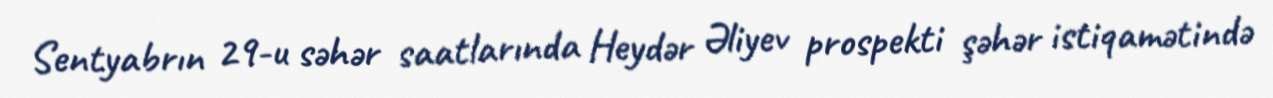
Sentyabrın 29-u səhər saatlarında Heydər Əliyev prospekti şəhər istiqamətində